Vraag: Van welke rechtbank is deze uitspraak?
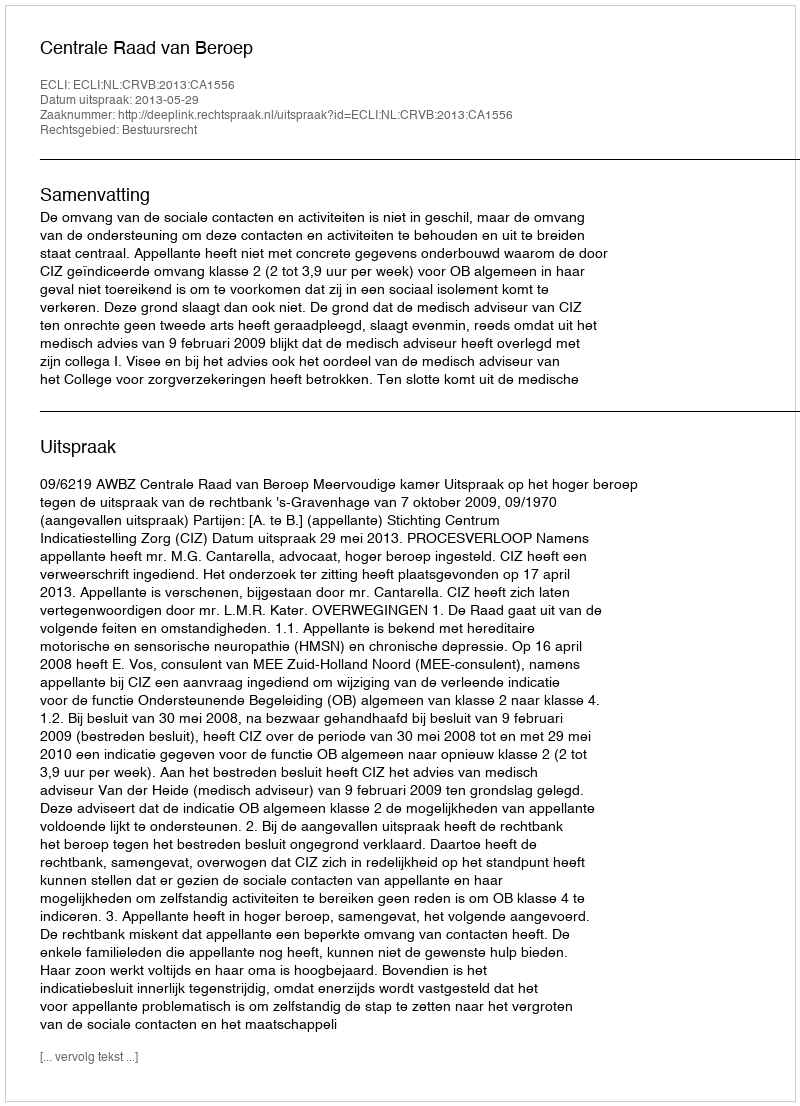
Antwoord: Centrale Raad van Beroep